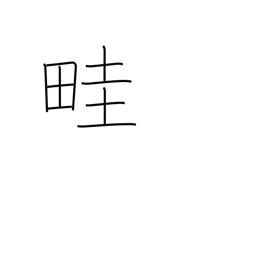
Meaning: rib